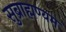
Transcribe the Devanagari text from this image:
सुब्राह्मण्यम